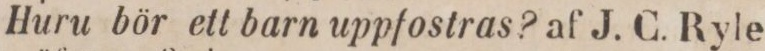
Huru bör ett barn uppfostras? af J. C. Ryle